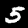
Digit: 5